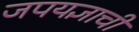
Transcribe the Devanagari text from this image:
जपयज्ञाची